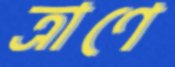
ত্রাণে